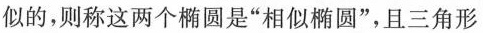
似的，则称这两个椭圆是”相似椭圆”，且三角形